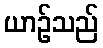
ယာဉ်သည်